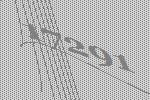
17291